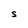
Character: S